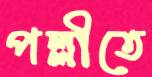
পল্লীতে